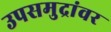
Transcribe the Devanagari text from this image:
उपसमुद्रांवर